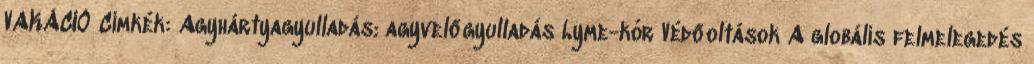
VAKÁCIÓ Címkék: Agyhártyagyulladás; agyvelőgyulladás Lyme-kór Védőoltások A globális felmelegedés